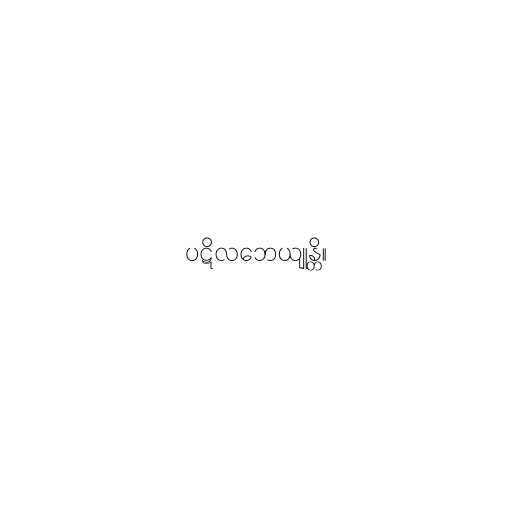
ပဋိလဘေယျုန္တိ။